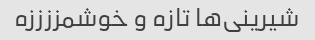
شیرینی‌ها تازه و خوشمززززه